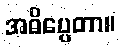
အဓိပ္ပေတာ။